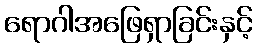
ရောဂါအဖြေရှာခြင်းနှင့်